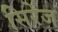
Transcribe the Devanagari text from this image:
सिरेंज